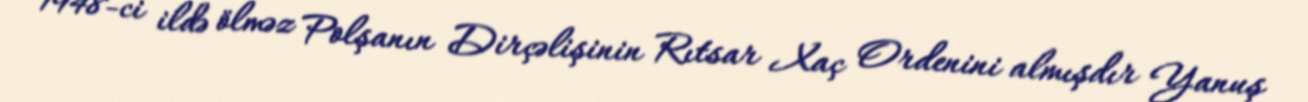
1948-ci ildə ölməz Polşanın Dirçəlişinin Rıtsar Xaç Ordenini almışdır Yanuş